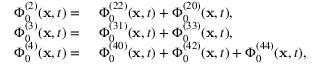
\begin{array} { r l } { \Phi _ { 0 } ^ { ( 2 ) } ( \mathbf { x } , t ) = ~ } & { { } \Phi _ { 0 } ^ { ( 2 2 ) } ( \mathbf { x } , t ) + \Phi _ { 0 } ^ { ( 2 0 ) } ( \mathbf { x } , t ) , } \\ { \Phi _ { 0 } ^ { ( 3 ) } ( \mathbf { x } , t ) = ~ } & { { } \Phi _ { 0 } ^ { ( 3 1 ) } ( \mathbf { x } , t ) + \Phi _ { 0 } ^ { ( 3 3 ) } ( \mathbf { x } , t ) , } \\ { \Phi _ { 0 } ^ { ( 4 ) } ( \mathbf { x } , t ) = ~ } & { { } \Phi _ { 0 } ^ { ( 4 0 ) } ( \mathbf { x } , t ) + \Phi _ { 0 } ^ { ( 4 2 ) } ( \mathbf { x } , t ) + \Phi _ { 0 } ^ { ( 4 4 ) } ( \mathbf { x } , t ) , } \end{array}